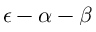
\epsilon - \alpha - \beta